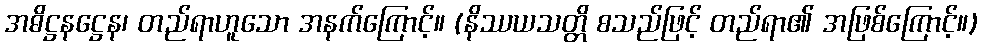
အဓိဋ္ဌနဋ္ဌေန၊ တည်ရာဟူသော အနက်ကြောင့်။ (နိဿယသတ္တိ စသည်ဖြင့် တည်ရာ၏ အဖြစ်ကြောင့်။)